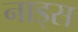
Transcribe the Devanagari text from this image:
नाड्स